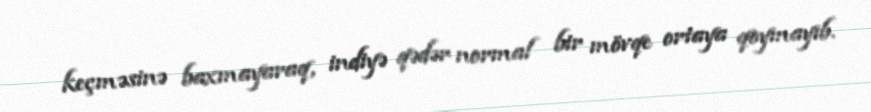
keçməsinə baxmayaraq, indiyə qədər normal bir mövqe ortaya qoymayıb.